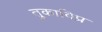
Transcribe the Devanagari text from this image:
तुकाविप्र